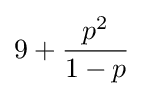
9+{\frac {p^{2}}{1-p}}